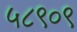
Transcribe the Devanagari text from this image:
५८९०९